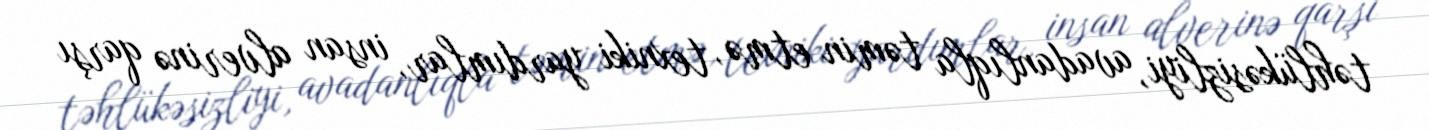
təhlükəsizliyi, avadanlıqla təmin etmə, texniki yardımlar, insan alverinə qarşı